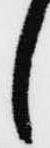
し